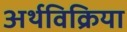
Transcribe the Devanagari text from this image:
अर्थविक्रिया